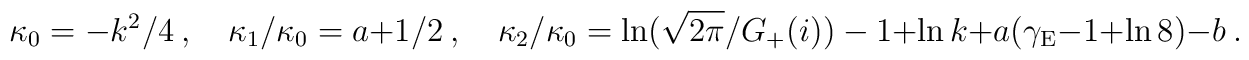
\kappa_0 = -k^2/4 \ , \quad \kappa_1/\kappa_0 = a + 1/2 \ , \quad{\kappa_2 / \kappa_0 = \ln (\sqrt{2\pi}/G_+(i)) - 1}+\ln k +a(\gamma_{\rm E}-1+\ln8)-b \ .